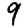
Digit: 9